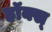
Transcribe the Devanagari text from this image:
हॉक्स्